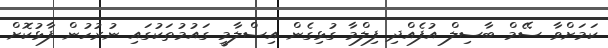
ކަމަށްވާ ސޭމް ބާސިލް އުފެއްދި ފިލްމާ ގުޅިގެން އިސްލާމީ ގައުމުތަކުގައި ނުރުހުން ފާޅުކޮށް